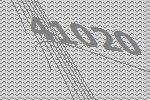
41020